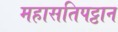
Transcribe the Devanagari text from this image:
महासतिपट्ठान